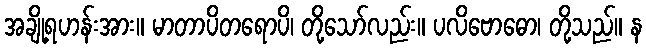
အချို့ရဟန်းအား။ မာတာပိတရောပိ၊ တို့သော်လည်း။ ပလိဗောဓော၊ တို့သည်။ န